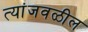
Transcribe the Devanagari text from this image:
त्यांजवळील